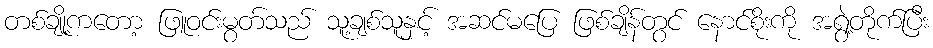
တစ်ချို့ကတော့ ဖြူဝင်းမွတ်သည် သူ့ချစ်သူနှင့် အဆင်မပြေ ဖြစ်ချိန်တွင် နောင်စိုးကို အရွဲ့တိုက်ပြီး